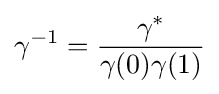
\gamma ^{-1}={\frac {\gamma ^{*}}{\gamma (0)\gamma (1)}}